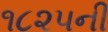
૧૮૨૫ની